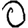
Digit: 0